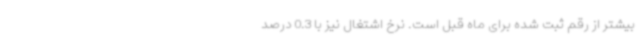
بیشتر از رقم ثبت شده برای ماه قبل است. نرخ اشتغال نیز با 0.3 درصد